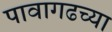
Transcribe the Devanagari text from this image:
पावागढच्या